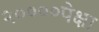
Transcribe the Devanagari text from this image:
२००००पेक्षा